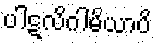
ပါဋလိဂါမိယာပိ